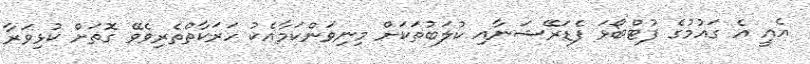
އެއީ އެ ގައުމުގެ ފުޓްބޯޅަ ފެޑަރޭޝަނާއި ކުލަބުތަކަށް މިނިވަންކަމާއެކު ހަރަކާތްތެރިވެވޭ ގޮތަށް ކުޅިވަރާ